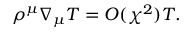
\rho ^ { \mu } \nabla _ { \mu } T = O ( \chi ^ { 2 } ) T .